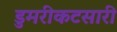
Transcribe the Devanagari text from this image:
डुमरीकटसारी